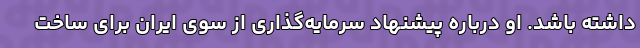
داشته باشد. او درباره پیشنهاد سرمایه‌گذاری از سوی ایران برای ساخت